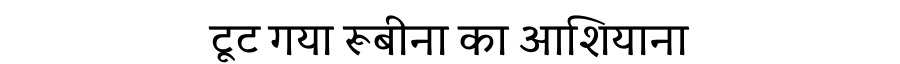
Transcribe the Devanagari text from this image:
टूट गया रूबीना का आशियाना